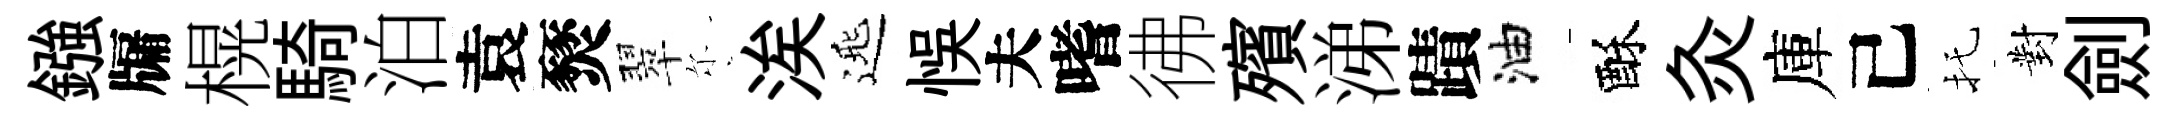
鏹牖榥騎泊袁燹翠尓涘𨓱悞夫嗜彿殯涕蹟油酥灸庫己托對劍